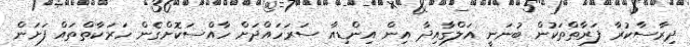
ދިރާސާކުރާ ފަރާތްތަކުން ބުނަނީ އަލްގާއިދާ އިން އިންޑިއާ ސަރަހައްދަށް ހާއްސަކޮށްގެން ހަރަކާތްތައް ފަށަން